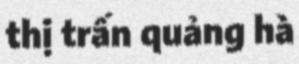
thị trấn quảng hà